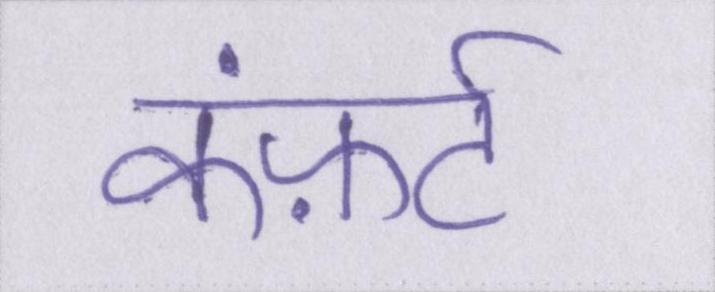
कंफ़र्ट